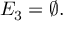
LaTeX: E _ { 3 } = \varnothing .